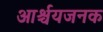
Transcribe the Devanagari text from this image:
आर्श्चयजनक